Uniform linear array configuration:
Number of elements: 48
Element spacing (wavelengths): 0.75
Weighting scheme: binomial
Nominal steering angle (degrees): -30
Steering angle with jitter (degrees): -31.118
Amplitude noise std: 0.05
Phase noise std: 0.05

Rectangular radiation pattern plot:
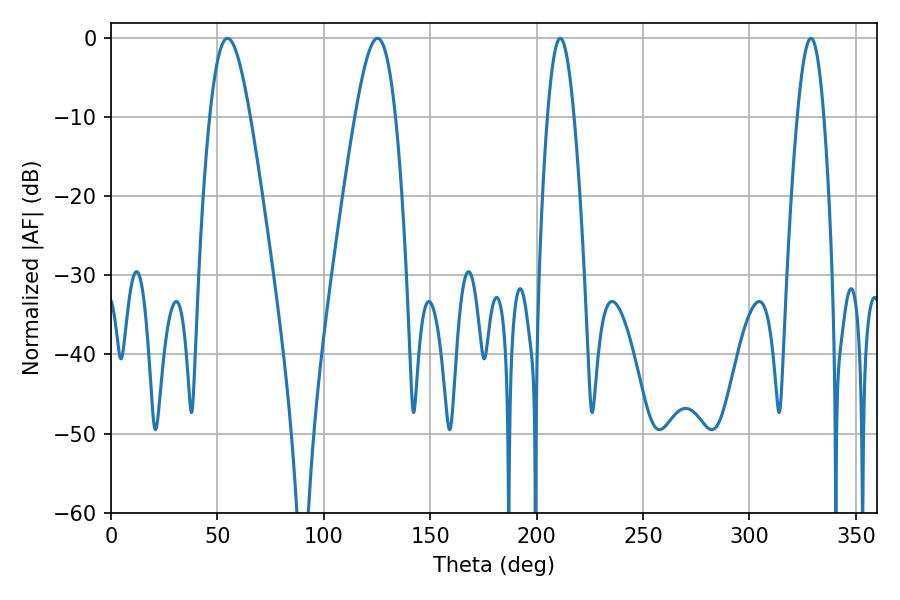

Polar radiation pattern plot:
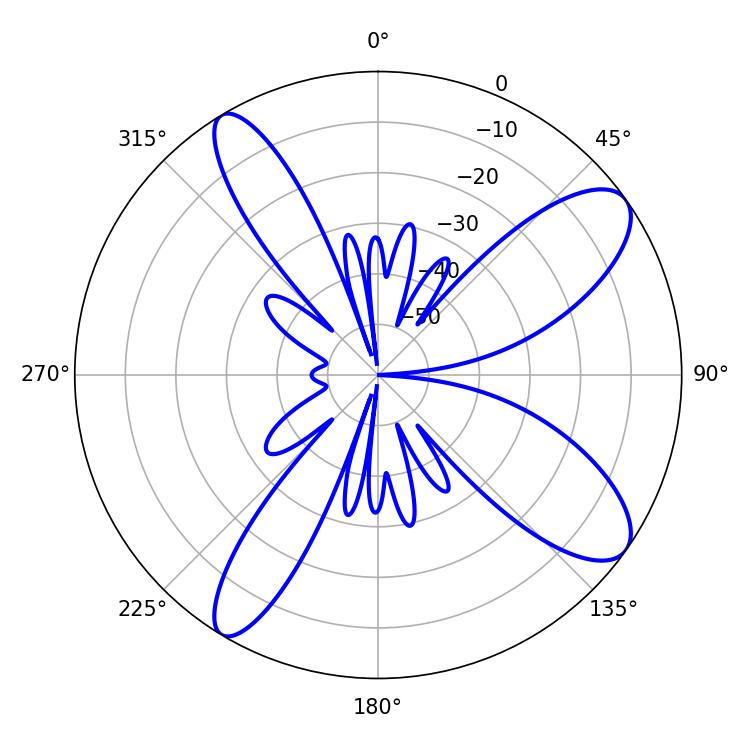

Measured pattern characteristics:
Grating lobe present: TRUE
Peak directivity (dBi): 10.316
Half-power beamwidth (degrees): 10.08
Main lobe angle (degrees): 54.72